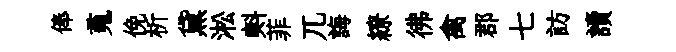
俸䰟俛析黛淞㪺菲兀誨繚彿禽郡七訪讀